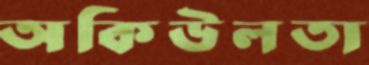
অকিউলতা